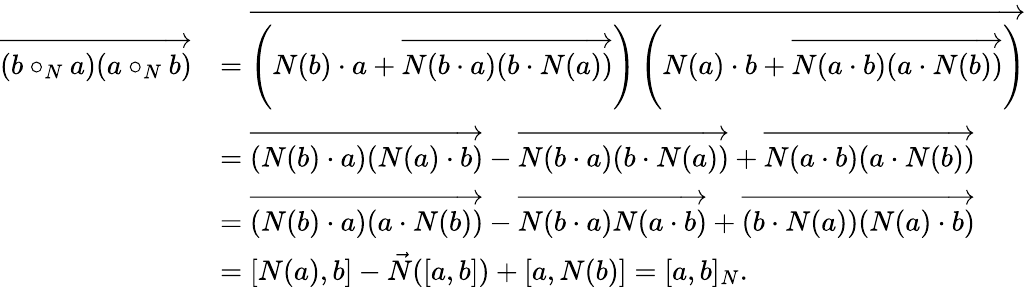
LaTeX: \begin{array}{rl}{\overrightarrow{(b\circ_{N}a)(a\circ_{N}b)}}&{=\overrightarrow{\left(N(b)\cdot a+\overrightarrow{N(b\cdot a)(b\cdot N(a))}\right)\left(N(a)\cdot b+\overrightarrow{N(a\cdot b)(a\cdot N(b))}\right)}}\\ &{=\overrightarrow{(N(b)\cdot a)(N(a)\cdot b)}-\overrightarrow{N(b\cdot a)(b\cdot N(a))}+\overrightarrow{N(a\cdot b)(a\cdot N(b))}}\\ &{=\overrightarrow{(N(b)\cdot a)(a\cdot N(b))}-\overrightarrow{N(b\cdot a)N(a\cdot b)}+\overrightarrow{(b\cdot N(a))(N(a)\cdot b)}}\\ &{=[N(a),b]-\vec{N}([a,b])+[a,N(b)]=[a,b]_{N}.}\end{array}